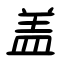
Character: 盖